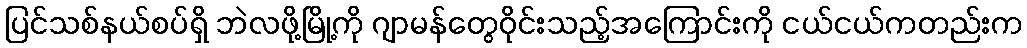
ပြင်သစ်နယ်စပ်ရှိ ဘဲလဖို့မြို့ကို ဂျာမန်တွေဝိုင်းသည့်အကြောင်းကို ငယ်ငယ်ကတည်းက